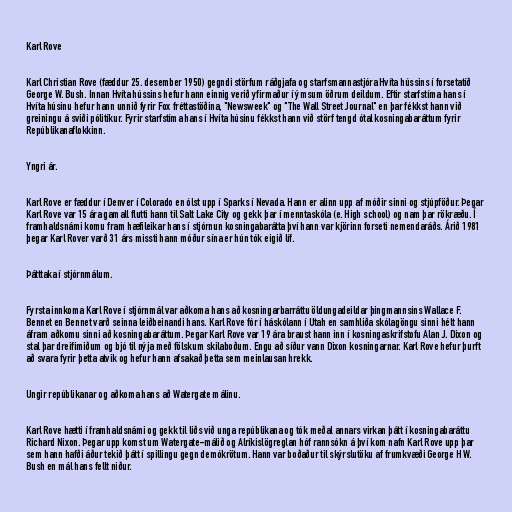
Karl Rove

Karl Christian Rove (fæddur 25. desember 1950) gegndi störfum ráðgjafa og starfsmannastjóra Hvíta hússins í forsetatíð
George W. Bush. Innan Hvíta hússins hefur hann einnig verið yfirmaður í ýmsum öðrum deildum. Eftir starfstíma hans í
Hvíta húsinu hefur hann unnið fyrir Fox fréttastöðina, "Newsweek" og "The Wall Street Journal" en þar fékkst hann við
greiningu á sviði pólitíkur. Fyrir starfstíma hans í Hvíta húsinu fékkst hann við störf tengd ótal kosningabaráttum fyrir
Repúblikanaflokkinn.

Yngri ár.

Karl Rove er fæddur í Denver í Colorado en ólst upp í Sparks í Nevada. Hann er alinn upp af móðir sinni og stjúpföður. Þegar
Karl Rove var 15 ára gamall flutti hann til Salt Lake City og gekk þar í menntaskóla (e. High school) og nam þar rökræðu. Í
framhaldsnámi komu fram hæfileikar hans í stjórnun kosningabarátta því hann var kjörinn forseti nemendaráðs. Árið 1981
þegar Karl Rover varð 31 árs missti hann móður sína er hún tók eigið líf.

Þátttaka í stjórnmálum.

Fyrsta innkoma Karl Rove í stjórnmál var aðkoma hans að kosningarbarráttu öldungadeildar þingmannsins Wallace F.
Bennet en Bennet varð seinna leiðbeinandi hans. Karl Rove fór í háskólann í Utah en samhliða skólagöngu sinni hélt hann
áfram aðkomu sinni að kosningabaráttum. Þegar Karl Rove var 19 ára braust hann inn í kosningaskrifstofu Alan J. Dixon og
stal þar dreifimiðum og bjó til nýja með fölskum skilaboðum. Engu að síður vann Dixon kosningarnar. Karl Rove hefur þurft
að svara fyrir þetta atvik og hefur hann afsakað þetta sem meinlausan hrekk.

Ungir repúblikanar og aðkoma hans að Watergate málinu.

Karl Rove hætti í framhaldsnámi og gekk til liðs við unga repúblikana og tók meðal annars virkan þátt í kosningabaráttu
Richard Nixon. Þegar upp komst um Watergate-málið og Alríkislögreglan hóf rannsókn á því kom nafn Karl Rove upp þar
sem hann hafði áður tekið þátt í spillingu gegn demókrötum. Hann var boðaður til skýrslutöku af frumkvæði George H W.
Bush en mál hans fellt niður.